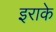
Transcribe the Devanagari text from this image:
इराके